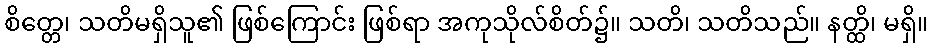
စိတ္တေ၊ သတိမရှိသူ၏ ဖြစ်ကြောင်း ဖြစ်ရာ အကုသိုလ်စိတ်၌။ သတိ၊ သတိသည်။ နတ္ထိ၊ မရှိ။